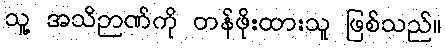
သူ့ အသိဉာဏ်ကို တန်ဖိုးထားသူ ဖြစ်သည်။